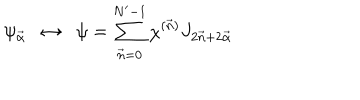
LaTeX: \psi _ { \vec { \alpha } } \; \; \leftrightarrow \; \; \psi = \sum _ { \vec { n } = 0 } ^ { N ^ { \prime } - 1 } \chi ^ { ( \vec { n } ) } J _ { 2 \vec { n } + 2 \vec { \alpha } }